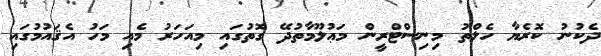
ދެކުނު ކޮރެޔާ ހެލްތު މިނިސްޓްރީން މަޢުލޫމާތުދޭ ގޮތުގައި މިއަހަރު މެއި މަހު އެޤައުމުގައި